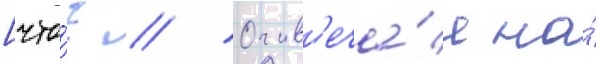
[что́? // Отв'еча́я на́